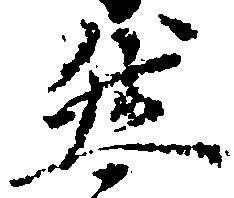
然